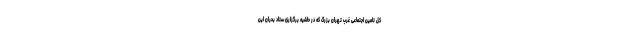
کل تامین اجتماعی غرب تهران بزرگ که در حاشیه برگزاری ستاد بحران این